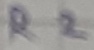
Text: R2